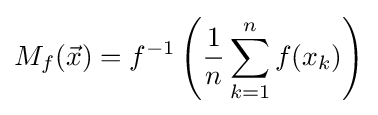
M_{f}({\vec {x}})=f^{-1}\left({\frac {1}{n}}\sum _{k=1}^{n}f(x_{k})\right)